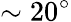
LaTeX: \sim 20^{\circ}